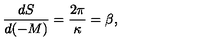
\frac { d S } { d ( - M ) } = \frac { 2 \pi } { \kappa } = \beta ,